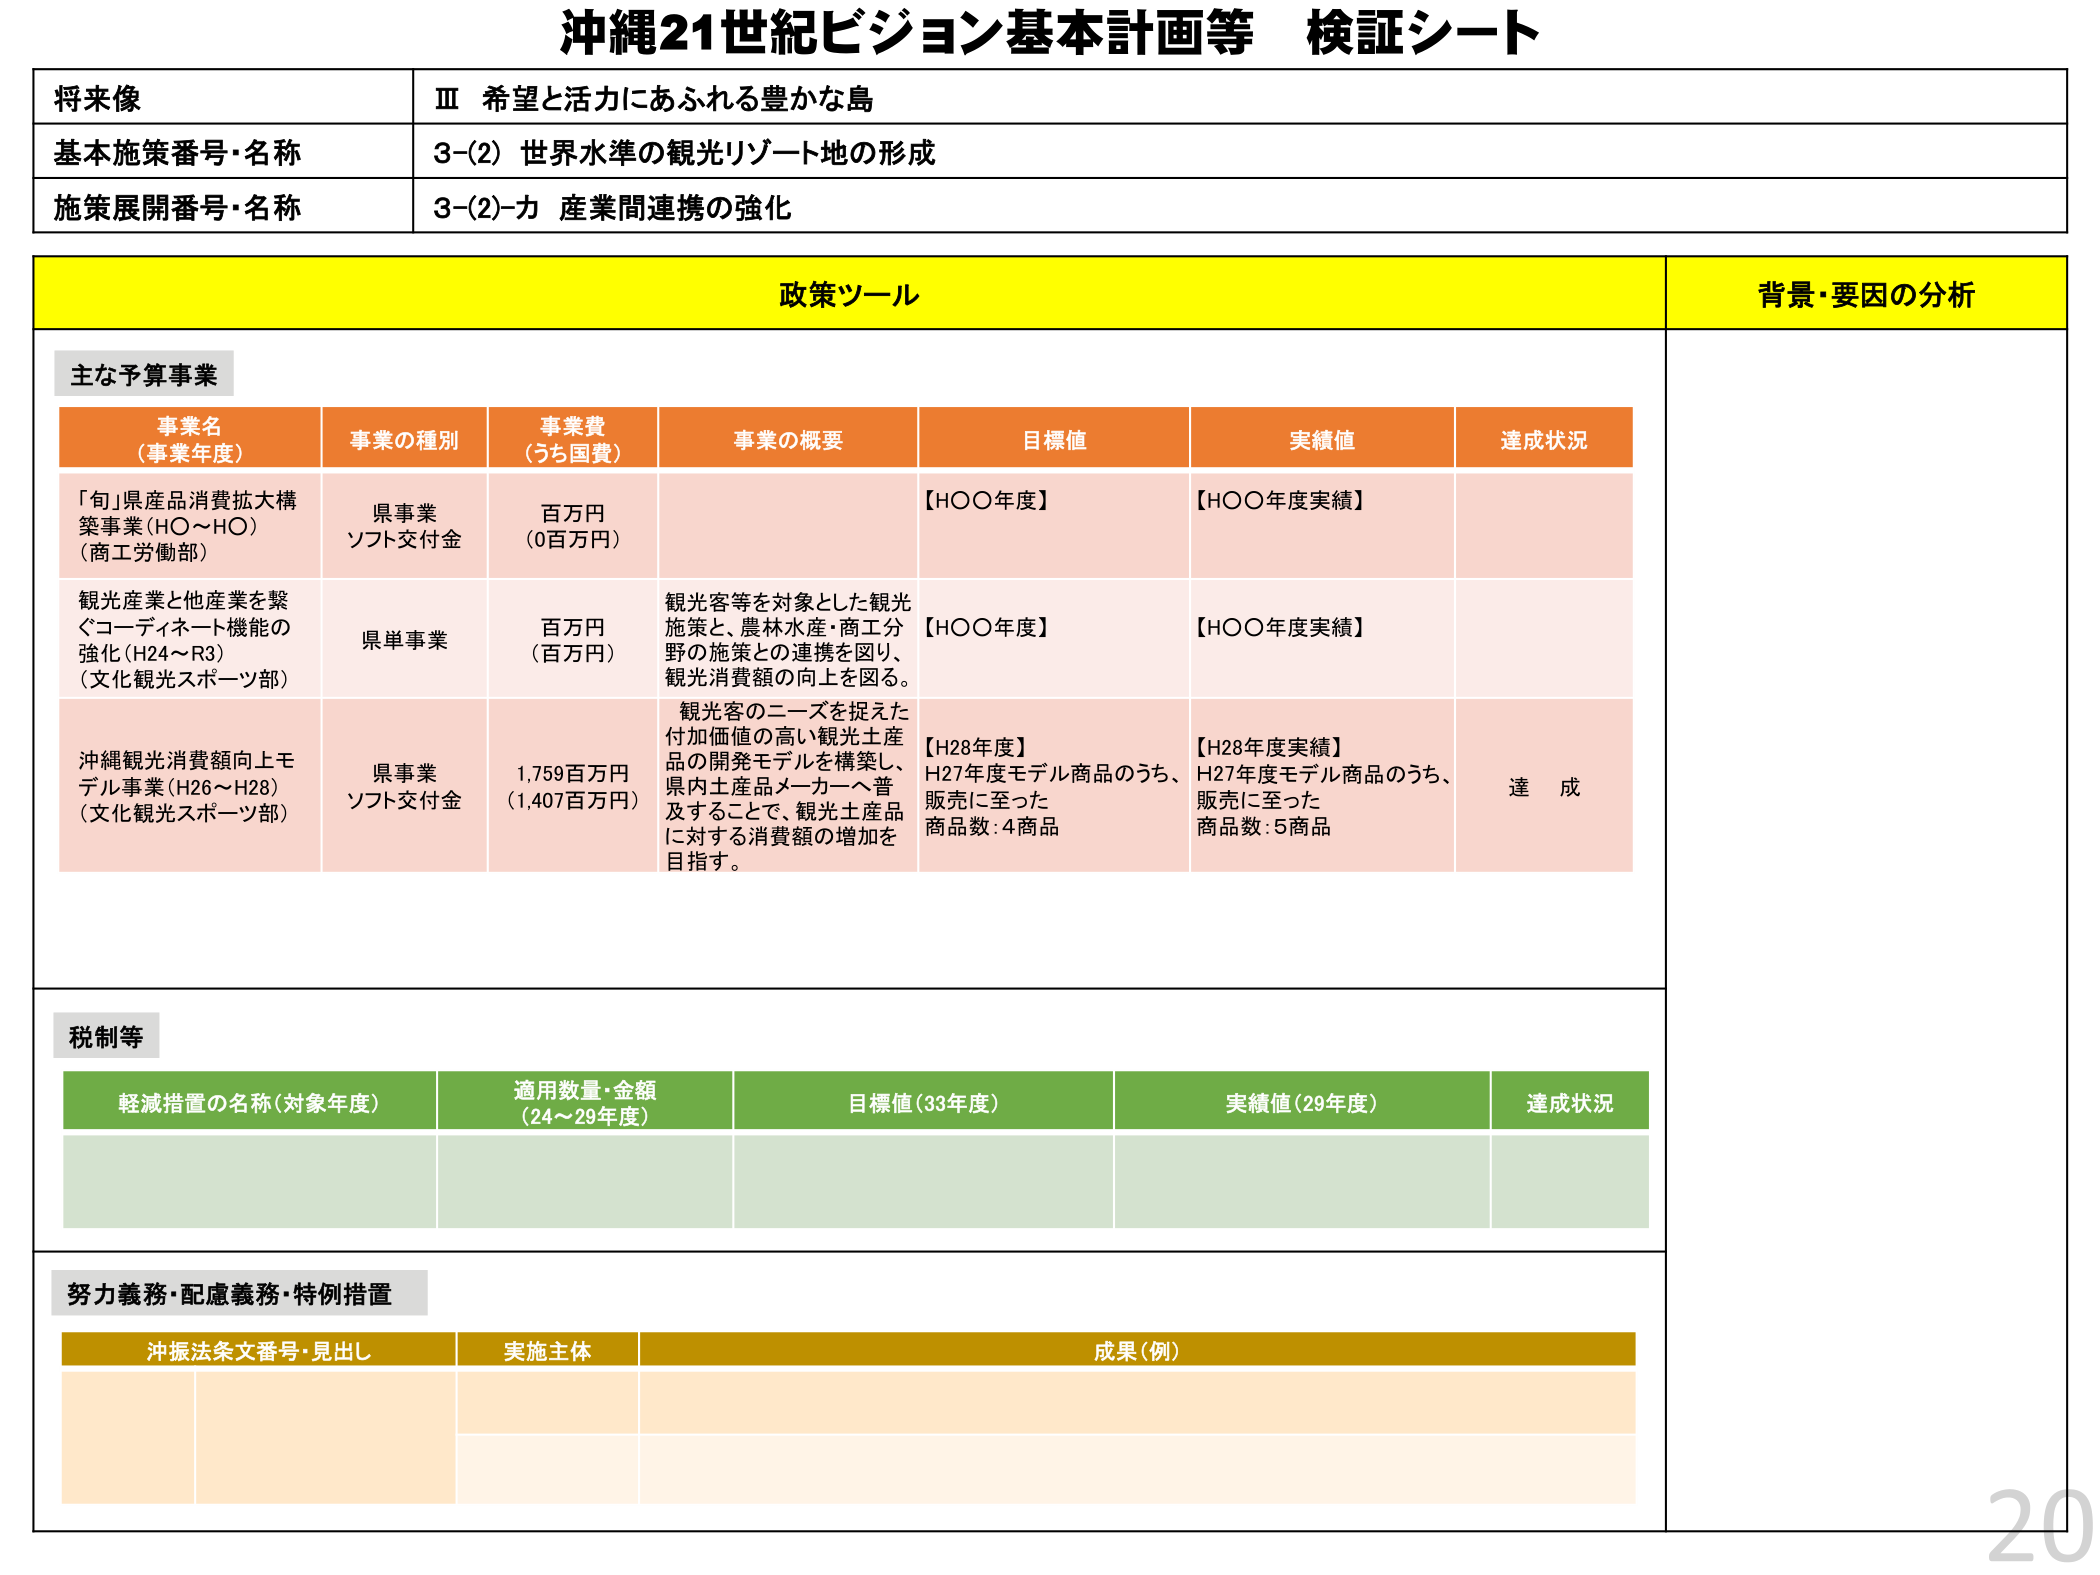
沖縄21世紀ビジョン基本計画等 検証シート

将来像
Ⅲ 希望と活力にあふれる豊かな島

基本施策番号・名称
3-(2) 世界水準の観光リゾート地の形成

施策展開番号・名称
3-(2)-カ 産業間連携の強化

政策ツール
背景・要因の分析

主な予算事業

事業名（事業年度）
事業の種別
事業費（うち国費）
事業の概要
目標値
実績値
達成状況

「旬」県産品消費拡大構築事業（HO～HO）（商工労働部）
県事業 ソフト交付金
百万円（0百万円）
【HOO年度】

観光産業と他産業を繋ぐコーディネート機能の強化（H24～R3）（文化観光スポーツ部）
県単事業
百万円（百万円）
観光客等を対象とした観光施策と、農林水産・商工分野の施策との連携を図り、観光消費額の向上を図る。
【HOO年度】

沖縄観光消費額向上モデル事業（H26～H28）（文化観光スポーツ部）
県事業 ソフト交付金
1,759百万円（1,407百万円）
観光客のニーズを捉えた付加価値の高い観光土産品の開発モデルを構築し、県内土産品メーカーへ普及することで、観光土産品に対する消費額の増加を目指す。
【H28年度】H27年度モデル商品のうち、販売に至った商品数：4商品
【H28年度実績】H27年度モデル商品のうち、販売に至った商品数：5商品
達成

税制等

軽減措置の名称（対象年度）
適用数量・金額（24～29年度）
目標値（33年度）
実績値（29年度）
達成状況

努力義務・配慮義務・特例措置

沖振法条文番号・見出し
実施主体
成果（例）

20